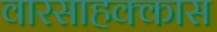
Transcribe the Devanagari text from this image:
वारसाहक्कास